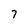
Character: 7